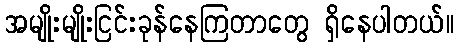
အမျိုးမျိုးငြင်းခုန်နေကြတာတွေ ရှိနေပါတယ်။